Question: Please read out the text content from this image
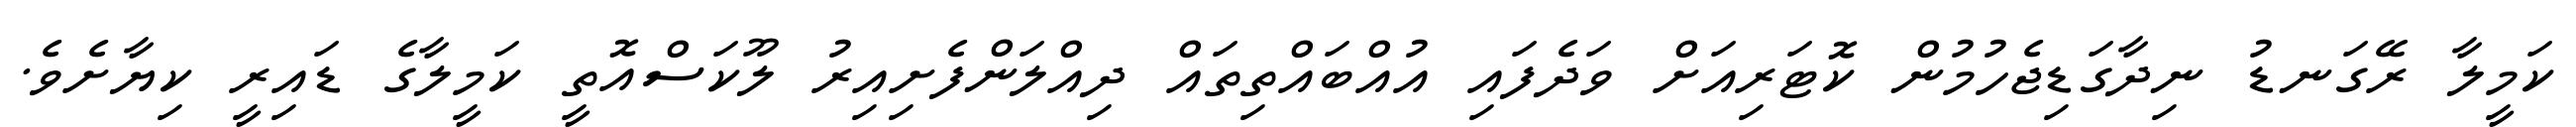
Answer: ކަމީލާ ރޭގަނޑު ނިދާގަޑިޖެހުމުން ކޮޓަރިއަށް ވަދެފައި އުއްބައްތިތައް ދިއްލަންފެށިއިރު ލޫކަސްއޮތީ ކަމީލާގެ ޑައިރީ ކިޔާށެވެ.